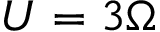
U = 3 \Omega